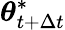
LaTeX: {\boldsymbol{\theta}}_{t+\Delta t}^{*}